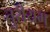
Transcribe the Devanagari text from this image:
तुरीयम्‌